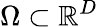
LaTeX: \Omega\subset\mathbb{R}^{D}